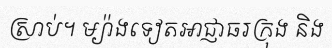
ស្រាប់។ ម្យ៉ាងទៀតអាជ្ញាធរក្រុង និង